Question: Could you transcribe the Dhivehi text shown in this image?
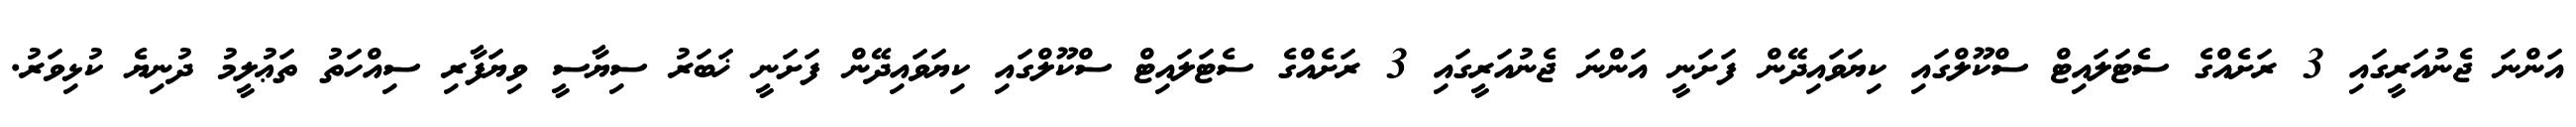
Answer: އަންނަ ޖެނުއަރީގައި 3 ރަށެއްގެ ސެޓަލައިޓް ސްކޫލްގައި ކިޔަވައިދޭން ފަށަނީ އަންނަ ޖެނުއަރީގައި 3 ރަށެއްގެ ސެޓަލައިޓް ސްކޫލްގައި ކިޔަވައިދޭން ފަށަނީ ޚަބަރު ސިޔާސީ ވިޔަފާރި ސިއްހަތު ތަޢުލީމު ދުނިޔެ ކުޅިވަރު.